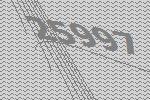
25997